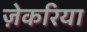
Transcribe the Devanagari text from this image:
ज़ेकरिया